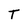
Character: T